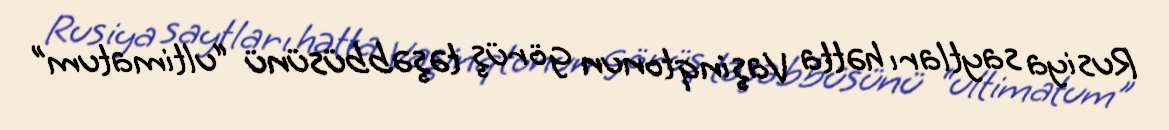
Rusiya saytları hətta Vaşinqtonun görüş təşəbbüsünü “ultimatum”